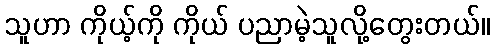
သူဟာ ကိုယ့်ကို ကိုယ် ပညာမဲ့သူလို့တွေးတယ်။